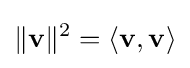
\|\mathbf {v} \|^{2}=\langle \mathbf {v} ,\mathbf {v} \rangle